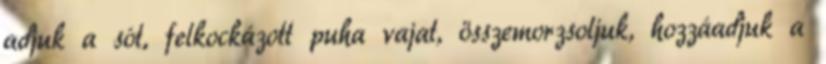
adjuk a sót, felkockázott puha vajat, összemorzsoljuk, hozzáadjuk a